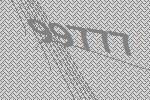
99777